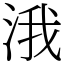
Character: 涐